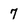
Character: 7